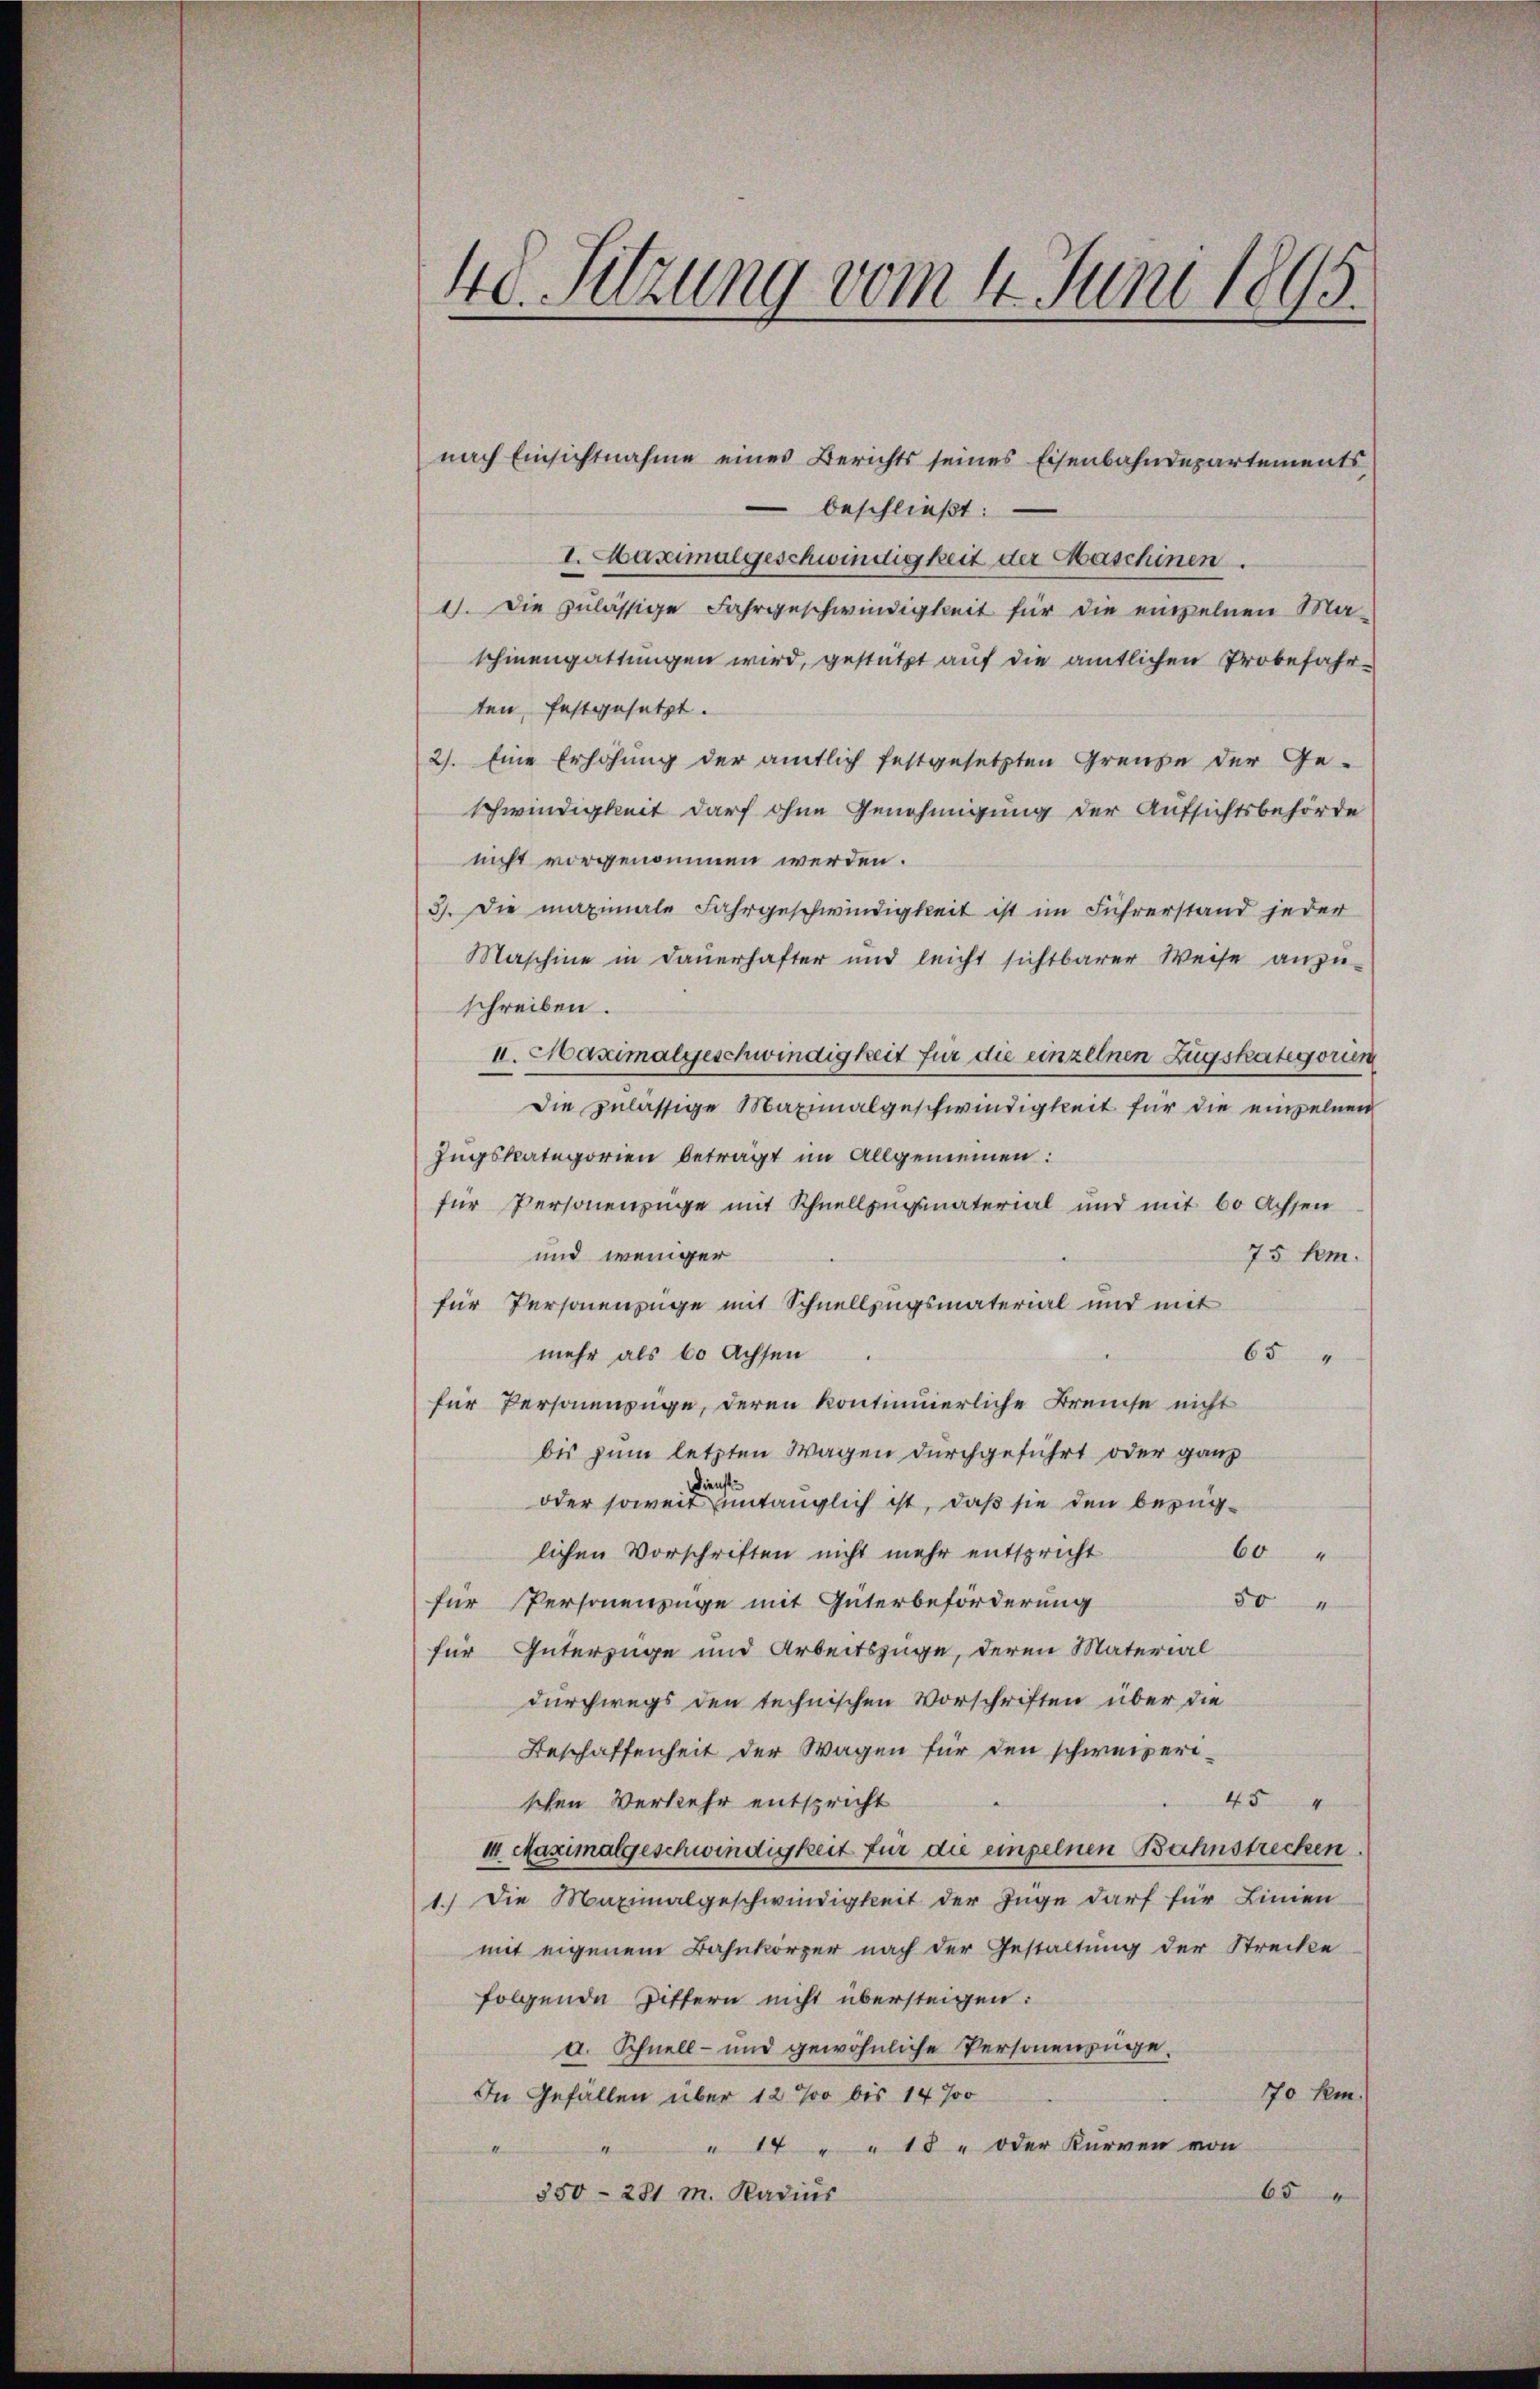
40. Sitzung vom 4. Juni 1895.

nach Einsichtnahme eines Berichts seines Eisenbahndepartements
 beschließt:
I. Maximalgeschwindigkeit der Maschinen.
1). Die zulässige Fahrgeschwindigkeit für die einzelnen Ma-
schinengattungen wird, gestützt auf die amtlichen Probefahrten, festgesetzt.
2). Eine Erhöhung der amtlich festgesetzten Grenze der Ge-
schwindigkeit darf ohne Genehmigung der Aufsichtsbehörde
nicht vorgenommen werden.
3). Die maximale Fahrgeschwindigkeit ist im Führerstand jeder
Maschine in Dauerhafter und leicht sichtbarer Weise anzu-
schreiben.
I. Haximalgeschwindigkeit für die einzelnen Zugskategorum
Die zulässige Maximalgeschwindigkeit für die einzelnen
Zugskategorien beträgt im Allgemeinen:
für Personenzüge mit Schnellzugsmaterial und mit 60 Achsen
und weniger
75 km
für Personenzüge mit Schnellzugsmaterial und mit
mehr als 60 Achsen
65 "
für Personenzüge, deren kontinuierliche Breise nicht
bis zum letzten Wagen durchgeführt oder ganz
oder soweit entänglich ist, daß sie den bezüg¬
60 "
lichen Vorschriften nicht mehr entspricht
50 "
für Personenzüge mit Güterbeförderung
für Güterzüge und Arbeitszüge, deren Material
durchwegs den technischen Vorschriften über die
Beschaffenheit der Wagen für den schweizerischen Verkehr entspricht
45 "
i Maximalgeschwindigkeit für die einzelnen Bahnstrecken.
1.) Die Maximalgeschwindigkeit der Juge darf für Linien
mit eigenem Bahnkörper nach der Gestaltung der Strecke
folgende Bittern nicht übersteigen:
a. Schnell- und gewöhnliche Personenzüge,
770 f.
In Gefällen über 12 % bis 14 %
" 14 " " 18 " oder Kurven von
65
850-281 M. Radius